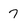
Character: 7